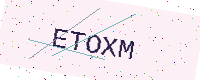
Text: ETOXM